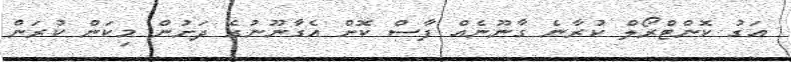
އަގު ކޮންޓްރޯލް ކުރާނެ ގާނޫނެއް ފާސް ކޮށް އެގާނޫނުގެ ދަށުން މިކަން ކުރަން